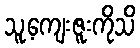
သူ့ကျေးဇူးကိုသိ